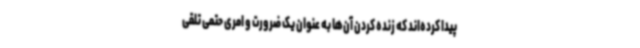
پیدا کرده‌اند که زنده کردن آن‌ها به عنوان یک ضرورت و امری حتمی تلقی